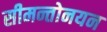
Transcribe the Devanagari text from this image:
सीमन्तोनयन